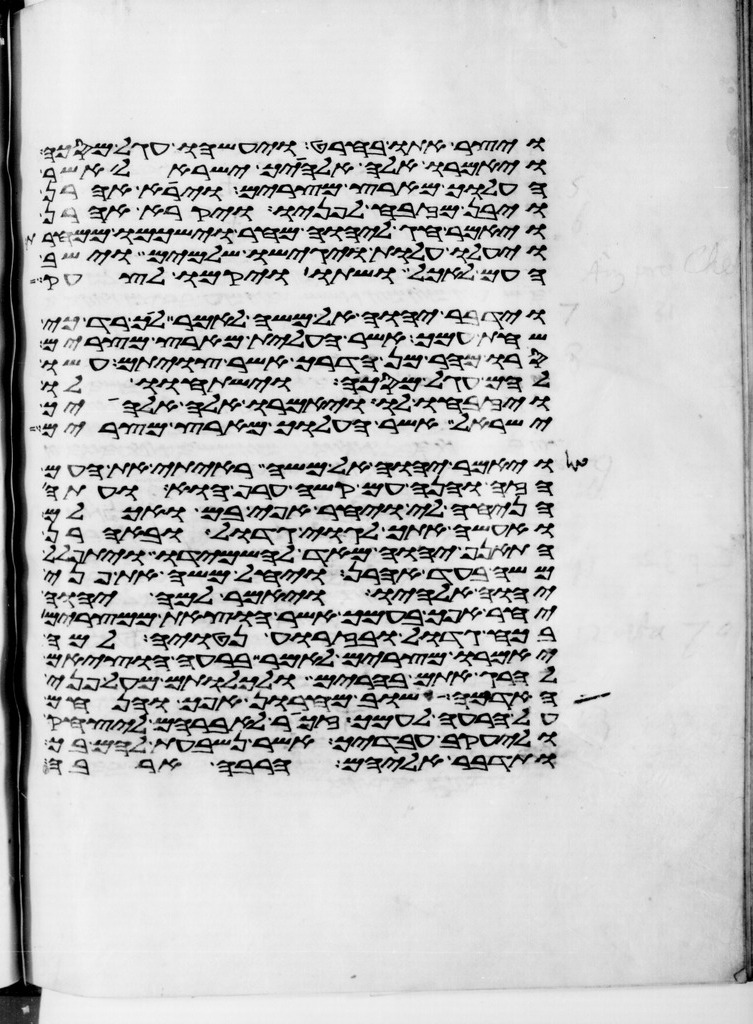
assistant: ויצר אתו בחרט ויעשהו עגל מסכה
ויאמרו אלה אלהיך ישראל אשר
העלוך מארץ מצרים וירא אהרן
ויבן מזבח לפניו ויקרא אהרן
ויאמר חג ליהוה מחר וישכמו ממחרת
ויעלו עלות ויגישו שלמים וישב
העם לאכל ושתו ויקמו לצחק
וידבר יהוה אל משה לאמר לך רד כי
שחת עמך אשר העלית מארץ מצרים
סרו מהר מן הדרך אשר צויתם עשו
להם עגל מסכה וישתחוו לו
ויזבחו לו ויאמרו אלה אלהיך
ישראל אשר העלוך מארץ מצרים
ויאמר יהוה אל משה ראיתי את העם
הזה והנה עם קשה ערף הוא ועתה
הניחה לי ויחר אפי בם ואכלם
ואעשה אתך לגוי גדול ובאהרן
התאנף יהוה מאד להשמידו ויתפלל
משה בעד אהרן ויחל משה את פני
יהוה אלהיו ויאמר למה יהוה
יחר אפך בעמך אשר הוצאת ממצרים
בכח גדול ובזרוע נטויה למה
יאמרו מצרים לאמר ברעה הוציאם
להרג אתם בהרים ולכלותם מעל פני
האדמה שוב מחרון אפך והנחם
על הרעה לעמך זכור לאברהם ליצחק
וליעקב עבדיך אשר נשבעת להם בך
ותדבר אליהם הרבה ארבה